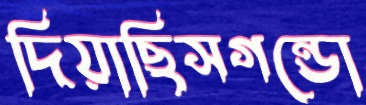
দিয়াছিসগন্ডো